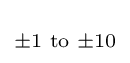
\scriptstyle \pm 1{\text{ to }}\pm 10